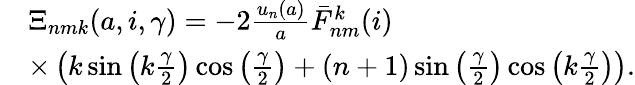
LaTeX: \begin{array}{rl}&{\Xi_{nmk}(a,i,\gamma)=-2\frac{u_{n}(a)}{a}\bar{F}_{nm}^{k}(i)}\\ &{\times\left(k\sin\left(k\frac{\gamma}{2}\right)\cos\left(\frac{\gamma}{2}\right)+(n+1)\sin\left(\frac{\gamma}{2}\right)\cos\left(k\frac{\gamma}{2}\right)\right).}\end{array}